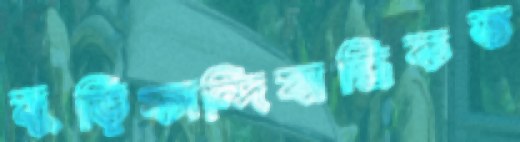
মুড়িকান্দিযান্ত্রিকত